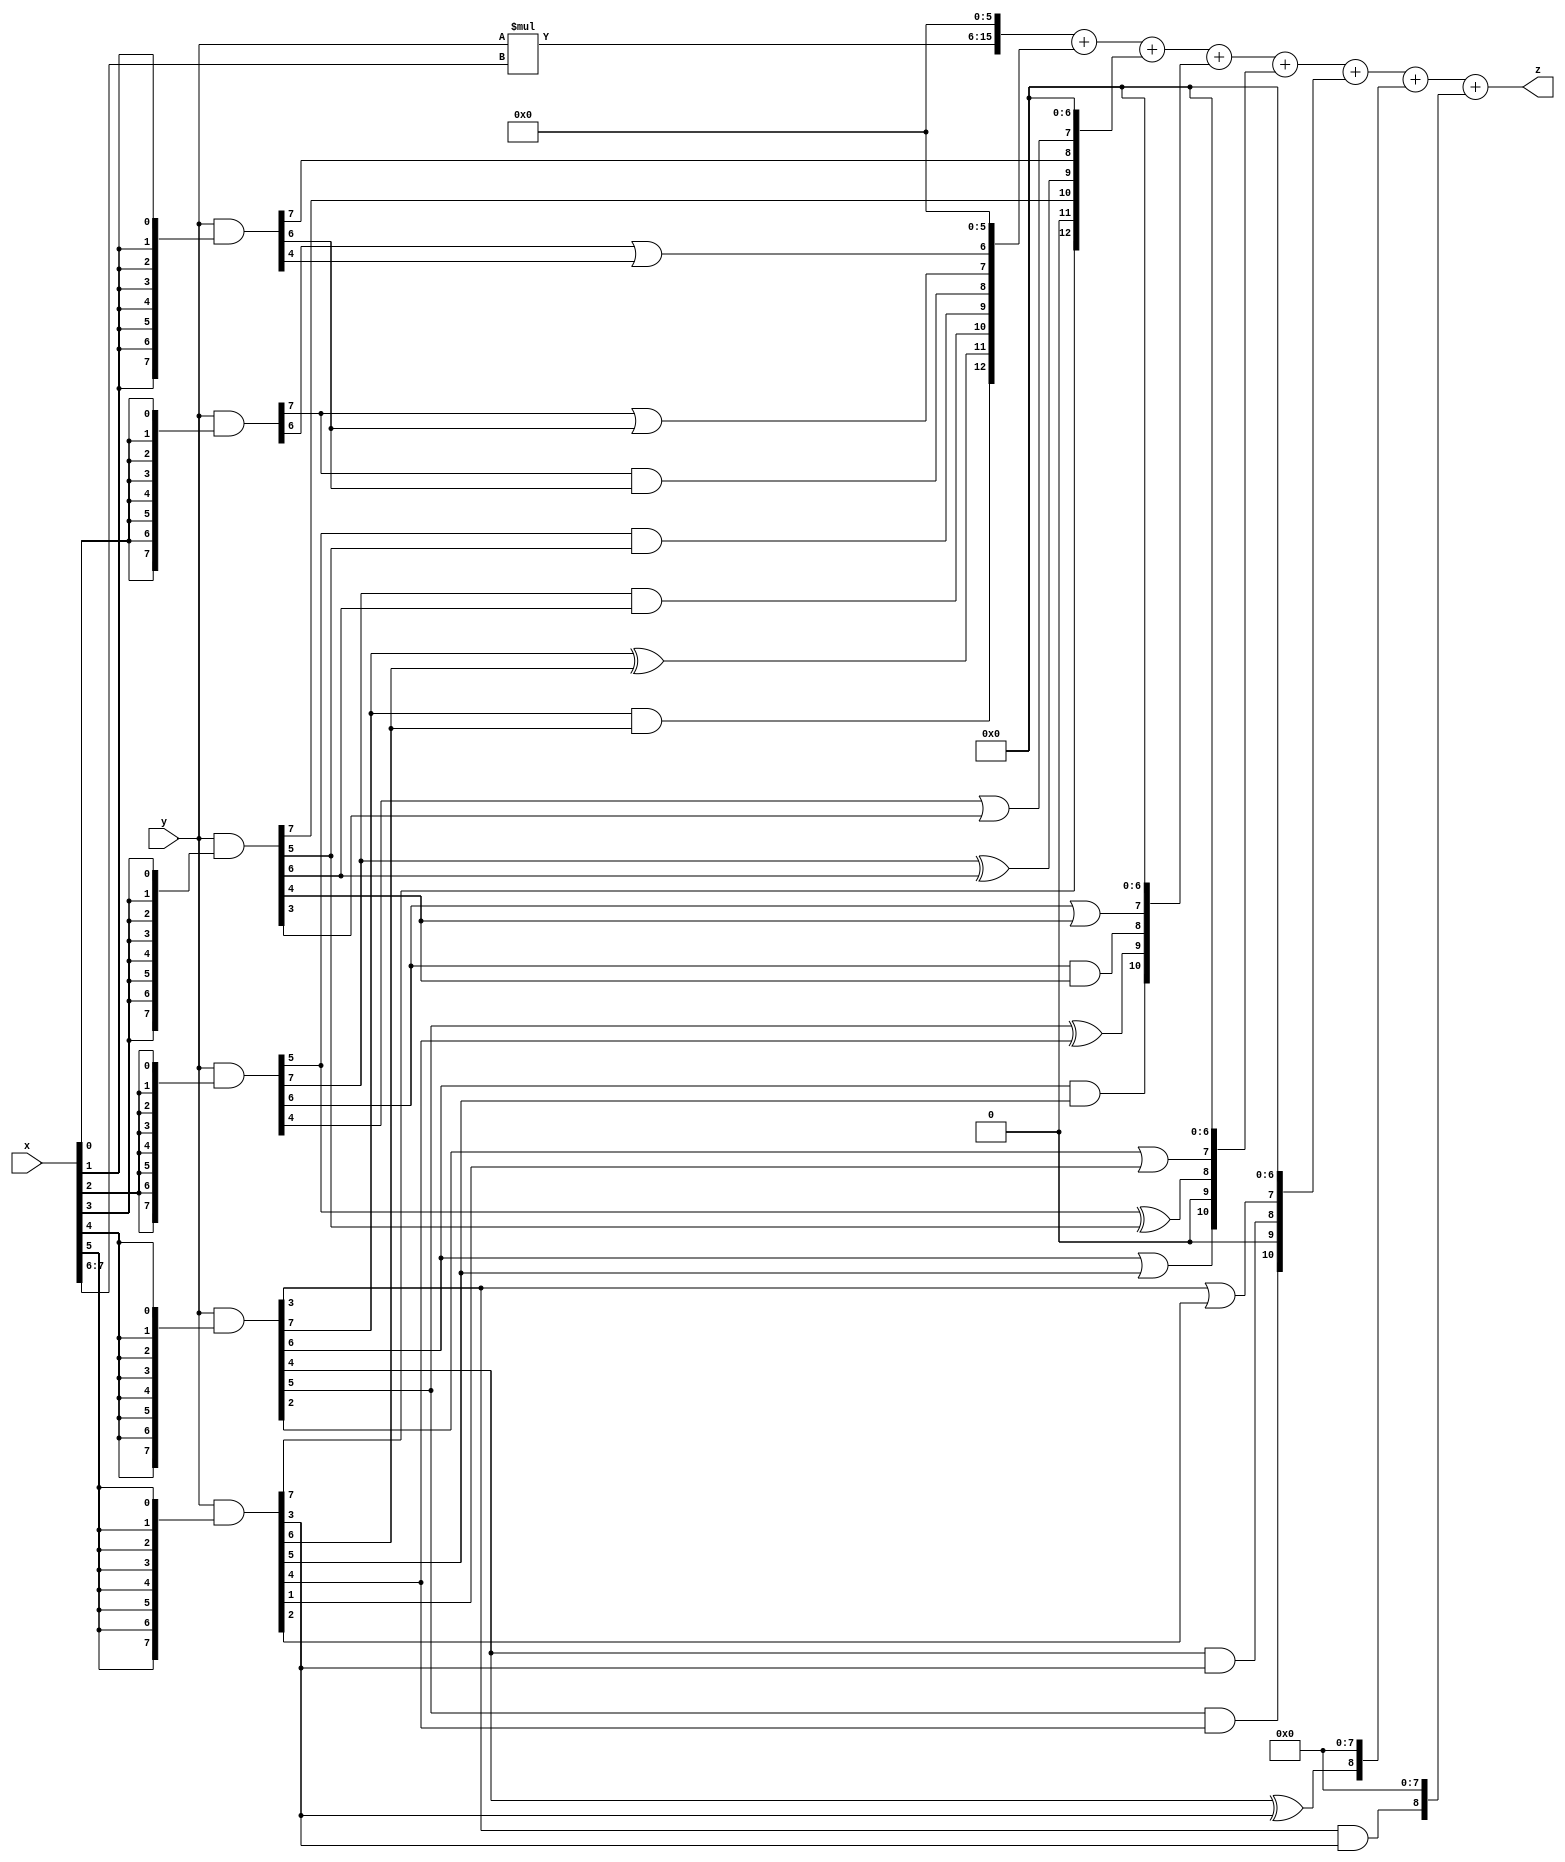
// terms: 24
// fval:  81234.25

module unsigned_exchange_8x8_l6_lamb3000_7 (
	input [7:0] x,
	input [7:0] y,
	output [15:0] z
);

wire [7:0] part1 =  y & {8{x[0]}};
wire [7:0] part2 =  y & {8{x[1]}};
wire [7:0] part3 =  y & {8{x[2]}};
wire [7:0] part4 =  y & {8{x[3]}};
wire [7:0] part5 =  y & {8{x[4]}};
wire [7:0] part6 =  y & {8{x[5]}};
wire [7:0] part7 =  y & {8{x[6]}};
wire [7:0] part8 =  y & {8{x[7]}};

wire [12:0] new_part1;
assign new_part1[0] = 0;
assign new_part1[1] = 0;
assign new_part1[2] = 0;
assign new_part1[3] = 0;
assign new_part1[4] = 0;
assign new_part1[5] = 0;
assign new_part1[6] = part1[6] | part2[4];
assign new_part1[7] = part1[7] | part2[6];
assign new_part1[8] = part1[7] & part2[6];
assign new_part1[9] = part3[5] & part4[5];
assign new_part1[10] = part3[7] & part4[6];
assign new_part1[11] = part5[7] ^ part6[6];
assign new_part1[12] = part5[7] & part6[6];

wire [12:0] new_part2;
assign new_part2[0] = 0;
assign new_part2[1] = 0;
assign new_part2[2] = 0;
assign new_part2[3] = 0;
assign new_part2[4] = 0;
assign new_part2[5] = 0;
assign new_part2[6] = 0;
assign new_part2[7] = part3[4] | part4[3];
assign new_part2[8] = part2[7];
assign new_part2[9] = part3[7] ^ part4[6];
assign new_part2[10] = part4[7];
assign new_part2[11] = 0;
assign new_part2[12] = part6[7];

wire [10:0] new_part3;
assign new_part3[0] = 0;
assign new_part3[1] = 0;
assign new_part3[2] = 0;
assign new_part3[3] = 0;
assign new_part3[4] = 0;
assign new_part3[5] = 0;
assign new_part3[6] = 0;
assign new_part3[7] = part3[6] | part4[4];
assign new_part3[8] = part3[6] & part4[4];
assign new_part3[9] = part5[5] ^ part6[4];
assign new_part3[10] = part5[6] & part6[5];

wire [10:0] new_part4;
assign new_part4[0] = 0;
assign new_part4[1] = 0;
assign new_part4[2] = 0;
assign new_part4[3] = 0;
assign new_part4[4] = 0;
assign new_part4[5] = 0;
assign new_part4[6] = 0;
assign new_part4[7] = part5[2] | part6[1];
assign new_part4[8] = part3[5] ^ part4[5];
assign new_part4[9] = 0;
assign new_part4[10] = part5[6] | part6[5];

wire [10:0] new_part5;
assign new_part5[0] = 0;
assign new_part5[1] = 0;
assign new_part5[2] = 0;
assign new_part5[3] = 0;
assign new_part5[4] = 0;
assign new_part5[5] = 0;
assign new_part5[6] = 0;
assign new_part5[7] = part5[3] | part6[2];
assign new_part5[8] = part5[4] & part6[3];
assign new_part5[9] = 0;
assign new_part5[10] = part5[5] & part6[4];

wire [8:0] new_part6;
assign new_part6[0] = 0;
assign new_part6[1] = 0;
assign new_part6[2] = 0;
assign new_part6[3] = 0;
assign new_part6[4] = 0;
assign new_part6[5] = 0;
assign new_part6[6] = 0;
assign new_part6[7] = 0;
assign new_part6[8] = part5[4] ^ part6[3];

wire [8:0] new_part7;
assign new_part7[0] = 0;
assign new_part7[1] = 0;
assign new_part7[2] = 0;
assign new_part7[3] = 0;
assign new_part7[4] = 0;
assign new_part7[5] = 0;
assign new_part7[6] = 0;
assign new_part7[7] = 0;
assign new_part7[8] = part5[3] & part6[3];

wire [9:0] tmp_z = y*x[7:6];

assign z = {tmp_z, 6'd 0} + new_part1 + new_part2 + new_part3 + new_part4 + new_part5 + new_part6 + new_part7;

endmodule